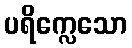
ပရိက္လေသော